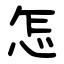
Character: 怎